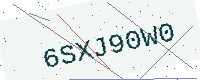
Text: 6SXJ90W0